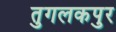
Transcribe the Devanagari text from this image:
तुगलकपुर